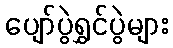
ပျော်ပွဲရွှင်ပွဲများ